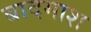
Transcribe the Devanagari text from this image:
बादमाश